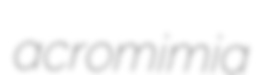
acromimia